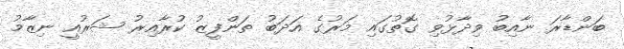
ބަންޑާރަ ނާއިބު ވިދާޅުވި ގޮތުގައި މަރުގެ އަދަބު ތަންފީޒު ކުރާއިރު ޝަރުއީ ނިޒާމު